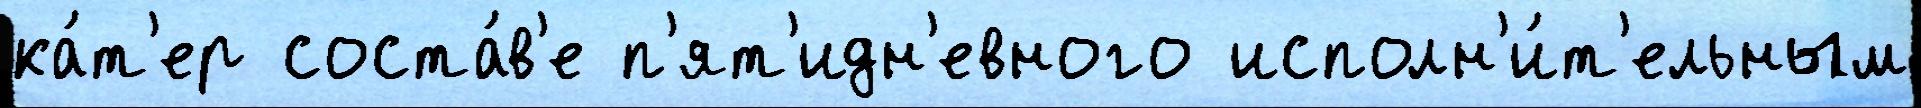
ка́т'ер соста́в'е п'ят'идн'евного исполн'и́т'ельным